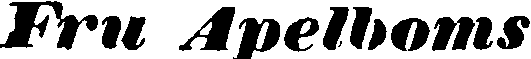
Fru Apelboms